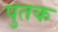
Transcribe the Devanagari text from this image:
पुतक